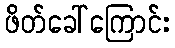
ဖိတ်ခေါ်ကြောင်း